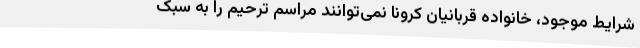
شرایط موجود، خانواده قربانیان کرونا نمی‌توانند مراسم ترحیم را به سبک